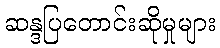
ဆန္ဒပြတောင်းဆိုမှုများ